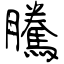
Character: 騰